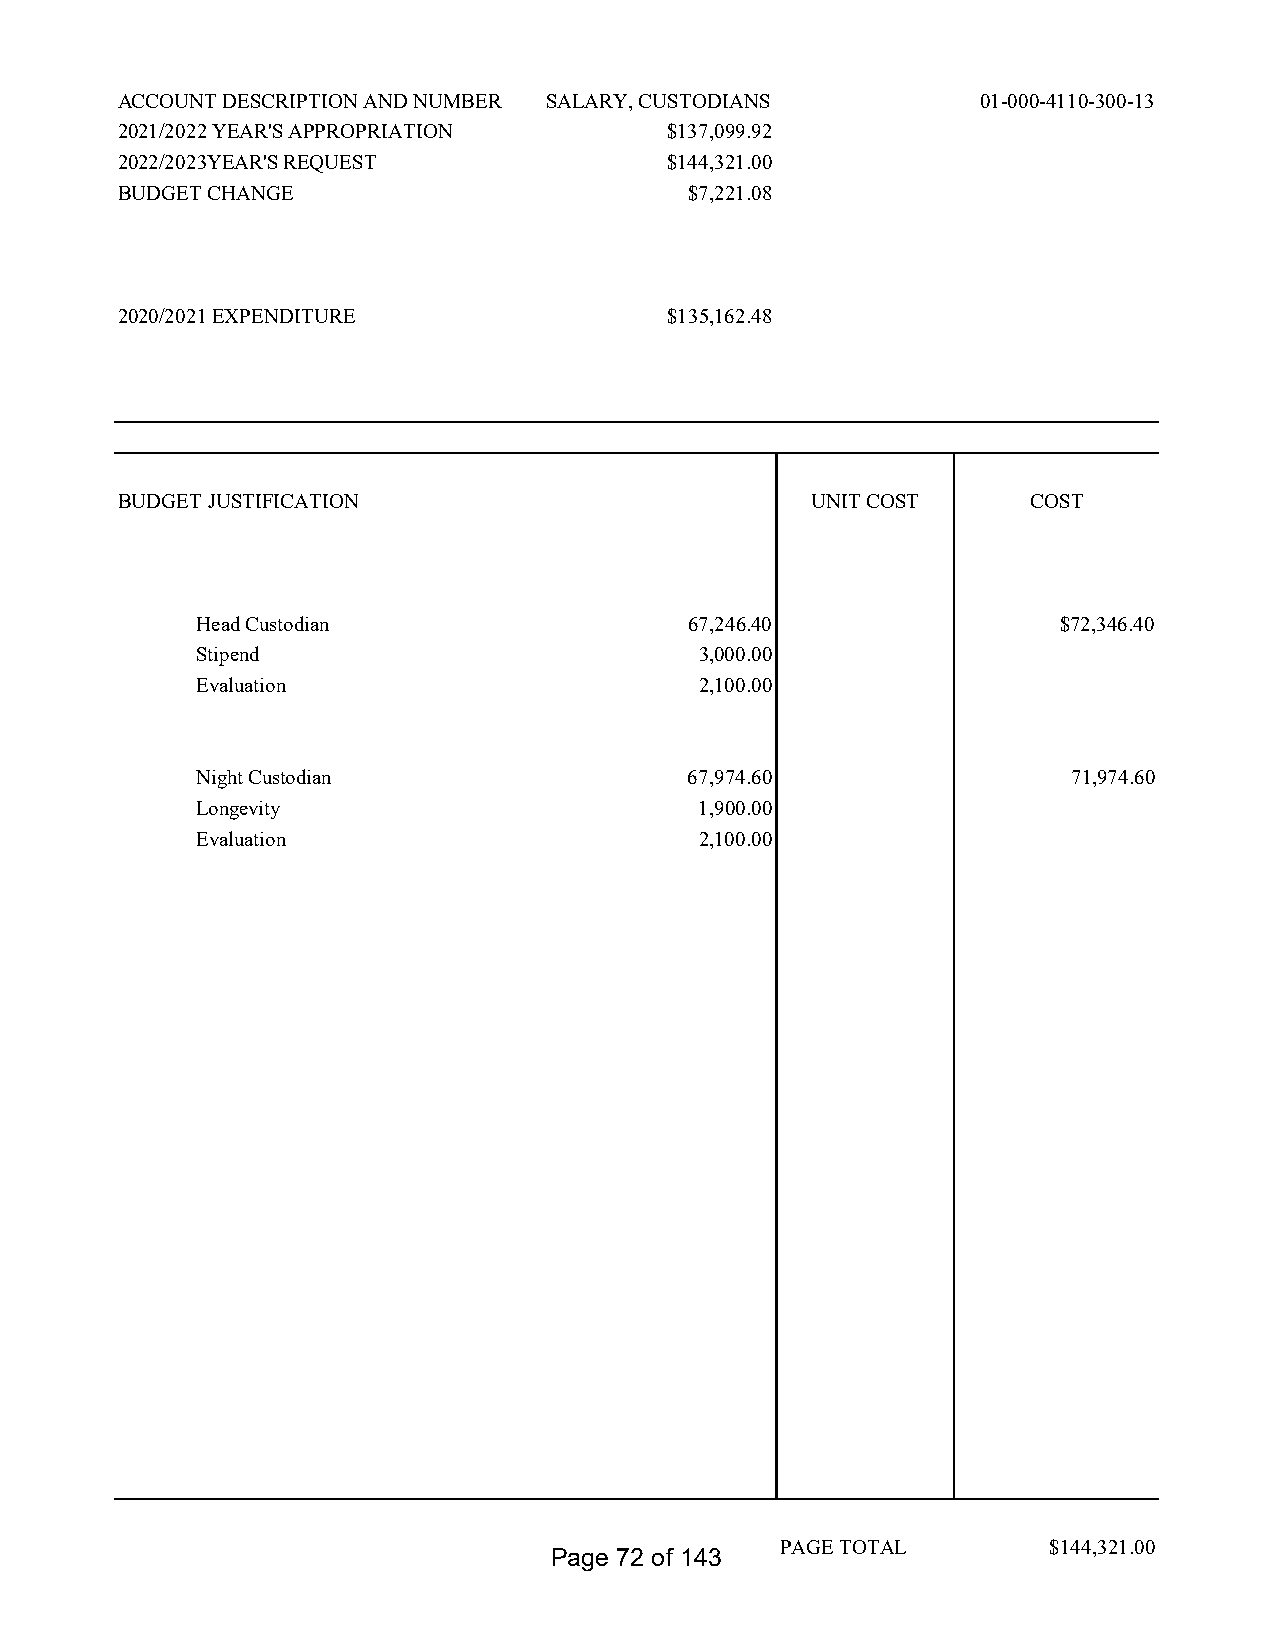
ACCOUNT DESCRIPTION AND NUMBER SALARY, CUSTODIANS        01-000-4110-300-13
 2021/2022 YEAR'S APPROPRIATION      $137,099.92
 2022/2023YEAR'S REQUEST             $144,321.00
 BUDGET CHANGE                         $7,221.08
 2020/2021 EXPENDITURE               $135,162.48
 BUDGET JUSTIFICATION                          UNIT COST     COST
 Head Custodian                   67,246.40               $72,346.40
 Stipend                          3,000.00
 Evaluation                       2,100.00
 Night Custodian                  67,974.60                71,974.60
 Longevity                        1,900.00
 Evaluation                       2,100.00
 PAGE TOTAL        $144,321.00
 Page 72 of 143